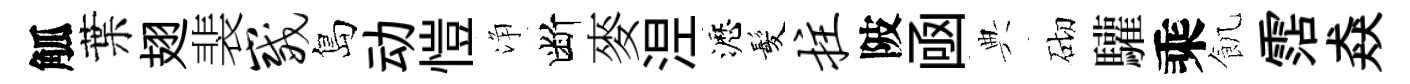
觚葉翅裴崴島动愷浄断麥𣵀瀝髪拄陂凾典砌驩乘飢霑猋